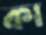
কা